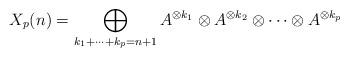
LaTeX: \begin{align*}X_p(n)=\bigoplus_{k_1+\dots+k_p=n+1}A^{\otimes k_1}\otimes A^{\otimes k_2}\otimes\dots \otimes A^{\otimes k_p}\end{align*}